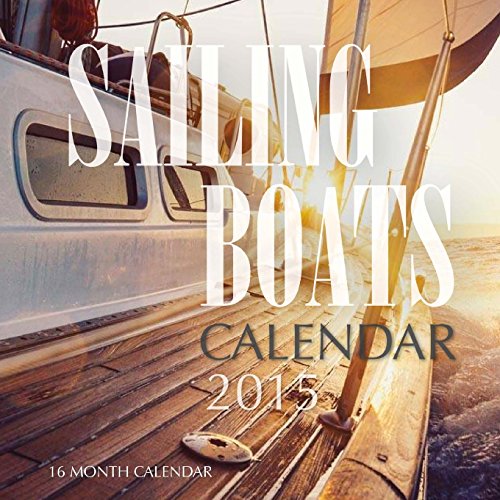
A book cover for Sailing Boats Calendar 2015: 16 Month Calendar; James Bates; Calendars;